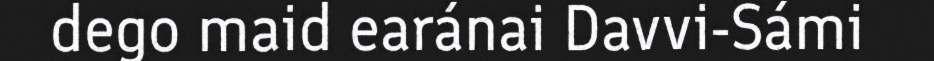
dego maid earánai Davvi-Sámi